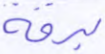
برقه